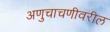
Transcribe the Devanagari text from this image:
अणुचाचणीवरील